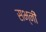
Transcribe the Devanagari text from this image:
सभ्नी